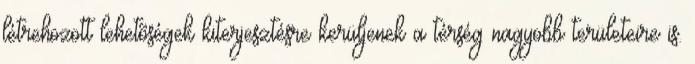
létrehozott lehetõségek kiterjesztésre kerüljenek a térség nagyobb területeire is.